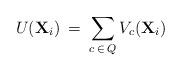
LaTeX: \begin{align*}U({\bf X}_i)\>=\>\sum\limits_{c\>\in\>Q}V_c({\bf X}_i)\end{align*}